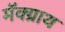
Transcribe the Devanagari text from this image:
मॅक्ग्राथ